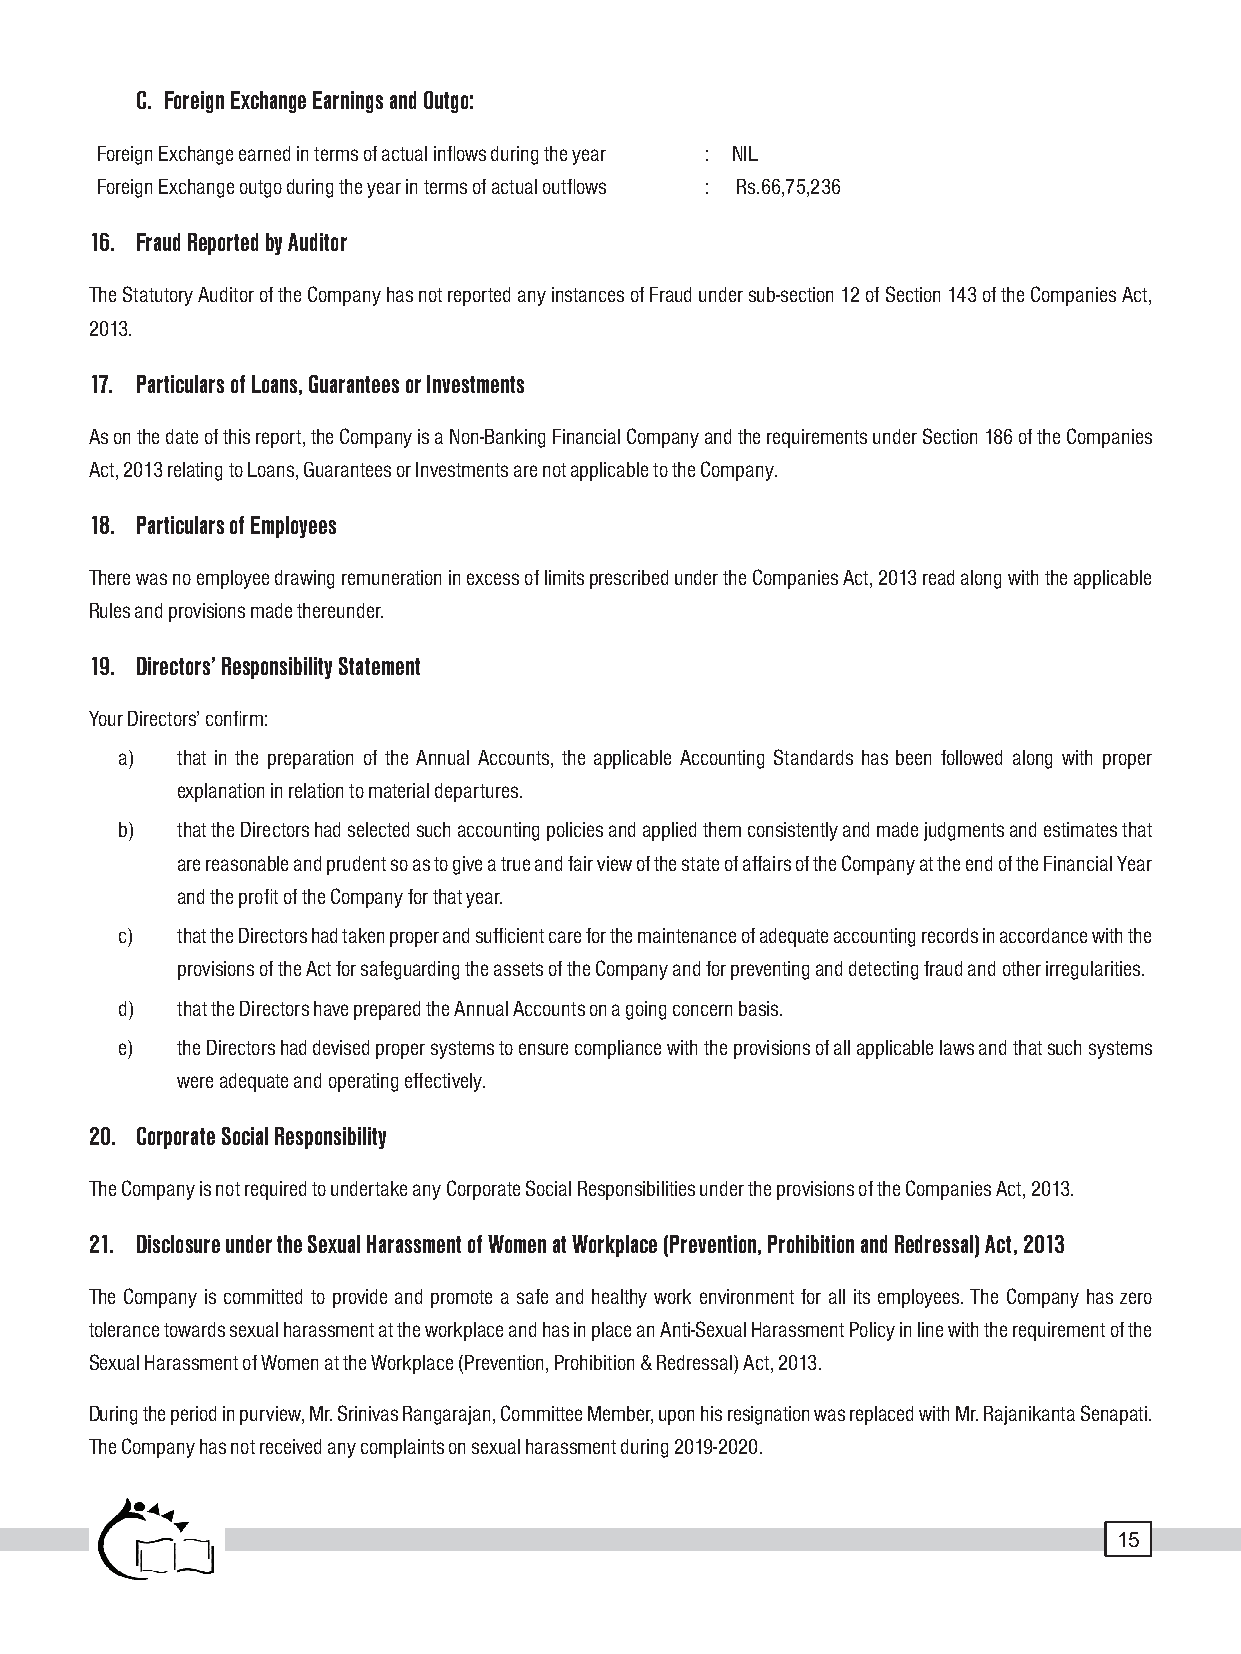
C. Foreign Exchange Earnings and Outgo:
 Foreign Exchange earned in terms of actual inflows during the year : NIL
 Foreign Exchange outgo during the year in terms of actual outflows : Rs.66,75,236
 16. Fraud Reported by Auditor
 The Statutory Auditor of the Company has not reported any instances of Fraud under sub-section 12 of Section 143 of the Companies Act,
 2013.
 17. Particulars of Loans, Guarantees or Investments
 As on the date of this report, the Company is a Non-Banking Financial Company and the requirements under Section 186 of the Companies
 Act, 2013 relating to Loans, Guarantees or Investments are not applicable to the Company.
 18. Particulars of Employees
 There was no employee drawing remuneration in excess of limits prescribed under the Companies Act, 2013 read along with the applicable
 Rules and provisions made thereunder.
 19. Directors’ Responsibility Statement
 Your Directors’ confirm:
 a)  that in the preparation of the Annual Accounts, the applicable Accounting Standards has been followed along with proper
 explanation in relation to material departures.
 b)  that the Directors had selected such accounting policies and applied them consistently and made judgments and estimates that
 are reasonable and prudent so as to give a true and fair view of the state of affairs of the Company at the end of the Financial Year
 and the profit of the Company for that year.
 c)  that the Directors had taken proper and sufficient care for the maintenance of adequate accounting records in accordance with the
 provisions of the Act for safeguarding the assets of the Company and for preventing and detecting fraud and other irregularities.
 d)  that the Directors have prepared the Annual Accounts on a going concern basis.
 e)  the Directors had devised proper systems to ensure compliance with the provisions of all applicable laws and that such systems
 were adequate and operating effectively.
 20. Corporate Social Responsibility
 The Company is not required to undertake any Corporate Social Responsibilities under the provisions of the Companies Act, 2013.
 21. Disclosure under the Sexual Harassment of Women at Workplace (Prevention, Prohibition and Redressal) Act, 2013
 The Company is committed to provide and promote a safe and healthy work environment for all its employees. The Company has zero
 tolerance towards sexual harassment at the workplace and has in place an Anti-Sexual Harassment Policy in line with the requirement of the
 Sexual Harassment of Women at the Workplace (Prevention, Prohibition & Redressal) Act, 2013.
 During the period in purview, Mr. Srinivas Rangarajan, Committee Member, upon his resignation was replaced with Mr. Rajanikanta Senapati.
 The Company has not received any complaints on sexual harassment during 2019-2020.
 15